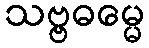
သဗ္ဗဓမ္မေ